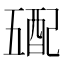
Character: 𲆮